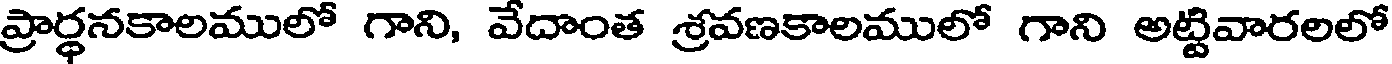
ప్రార్ధనకాలములో గాని, వేదాంత శ్రవణకాలములో గాని అట్టివారలలో